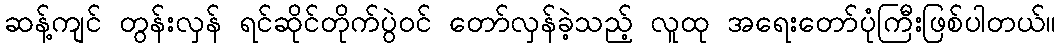
ဆန့်ကျင် တွန်းလှန် ရင်ဆိုင်တိုက်ပွဲဝင် တော်လှန်ခဲ့သည့် လူထု အရေးတော်ပုံကြီးဖြစ်ပါတယ်။